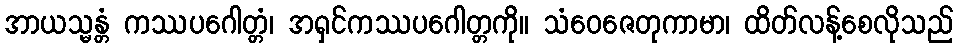
အာယသ္မန္တံ ကဿပဂေါတ္တံ၊ အရှင်ကဿပဂေါတ္တကို။ သံဝေဇေတုကာမာ၊ ထိတ်လန့်စေလိုသည်